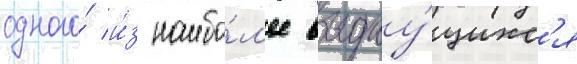
одного́ и́з наибо́л'ее выдау́щихс'я